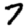
Digit: 7